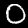
Digit: 0